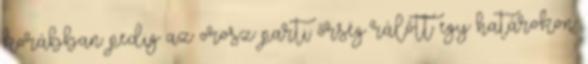
korábban pedig az orosz parti őrség rálőtt egy határokon